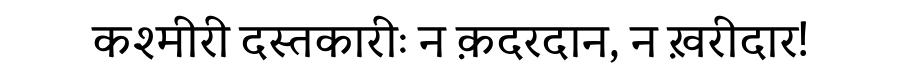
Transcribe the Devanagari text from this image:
कश्मीरी दस्तकारीः न क़दरदान, न ख़रीदार!